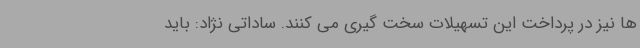
ها نیز در پرداخت این تسهیلات سخت گیری می کنند. ساداتی نژاد: باید